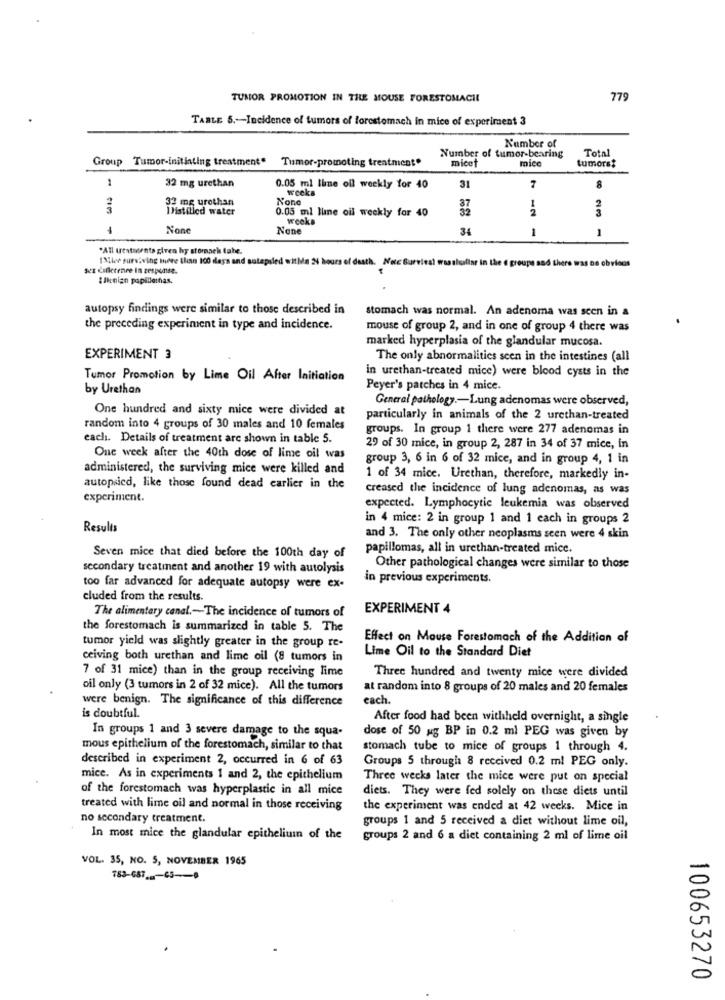
TUMOR PROMOTION IN THE MOUSE FORESTOMACH
779
TABLE 5 .- Incidence of tumors of forestomach in mice of experiment 3
Number of
Total
Group Tumor-initiating treatment"
Tumor-promoting treatment.
Number of tumor-bearing
micet
mice
tumors?
1
32 mg urethan
0.05 ml line oil weekly for 40
weeks
31
7
8
33 mg urethan
Distilled water
0.05 ml lune oil weekly for 40
weeks
58
34
1
1
"All uestacents given hy stomach tahe.
IMlee surviving mere thisn 100 days and sutapsled witha 24 hours of death. Notc Surviest wossiofiar in the @ groups and thers wa
Az Cifictence In zespudise.
autopsy findings were similar to those described in
stomach was normal. An adenoma was seen in a
the preceding experiment in type and incidence.
mouse of group 2, and in one of group 4 there was
marked hyperplasia of the glandular mucosa.
EXPERIMENT 3
The only abnormalities seen in the intestines (all
in urethan-treated mice) were blood cysts in the
Tumor Promotion by Lime Oil After Initiation
by Urethan
Peyer's patches in 4 mice.
General pathology .- Lung adenomas were observed,
One hundred and sixty mice were divided at
particularly in animals of the 2 urethan-treated
random into 4 groups of 30 males and 10 females
groups. In group 1 there were 277 adenomas in
each. Details of treatment are shown in table 5.
29 of 30 mice, in group 2, 287 in 34 of 37 mice, in
One week after the 40th dose of lime oil was
group 3, 6 in 6 of 32 mice, and in group 4, 1 in
administered, the surviving mice were killed and
1 of 34 mice. Urethan, therefore, markedly in-
autopsicd, like those found dead carlier in the
creased the incidence of lung adenomas, as was
experiment.
expected. Lymphocytic leukemia was observed
in 4 mice: 2 in group 1 and 1 each in groups 2
Results
and 3. The only other neoplasms seen were 4 skin
Seven mice that died before the 100th day of
papillomas, all in urethan-treated mice.
secondary treatment and another 19 with autolysis
Other pathological changes were similar to those
in previous experiments.
too far advanced for adequate autopsy were ex-
cluded from the results.
The alimentary canal .- The incidence of tumors of
EXPERIMENT 4
the forestomach is summarized in table 5. The
Effect on Mouse Forestomach of the Addition of
tumor yield was slightly greater in the group re-
Lime Oil to the Standard Diet
ceiving both urethan and lime oil (8 tumors in
7 of 31 mice) than in the group receiving lime
Three hundred and twenty mice were divided
oil only (3 tumors in 2 of 32 mice). All the tumors
at random into 8 groups of 20 males and 20 females
were benign. The significance of this difference
each.
is doubtful.
After food had been withheld overnight, a single
In groups 1 and 3 severe damage to the squa-
dose of 50 ug BP in 0.2 ml PEG was given by
mous epithelium of the forestomach, similar to that
stomach tube to mice of groups 1 through 4.
described in experiment 2, occurred in 6 of 63
Groups 5 through 8 received 0.2 ml PEG only.
mice. As in experiments 1 and 2, the epithelium
Three weeks later the mice were put on special
of the forestomach was hyperplastic in all mice
diets. They were fed solely on these diets until
treated with lime oil and normal in those receiving
the experiment was ended at 42 weeks. Mice in
no secondary treatment.
groups 1 and 5 received a diet without lime oil,
In most mice the glandular epitheliumn of the
groups 2 and 6 a diet containing 2 ml of lime oil
VOL. 35, NO. 5, NOVEMBER 1965
183-687 __- 65 -- 8
100653270